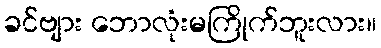
ခင်ဗျား ဘောလုံးမကြိုက်ဘူးလား။